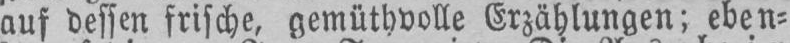
auf dessen frische, gemüthvolle Erzählungen; eben⸗